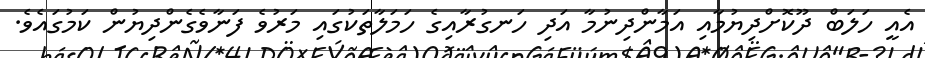
އެއީ ހަލަބް ދޫކޮށްދިޔުމާއި އަމާންދިނުމާ އަދި ހަނގުރާއިގެ ހަމަލާތަކުގައި މަރުވެ ފަނާވެގެންދިޔުން ކަމުގައެވެ.